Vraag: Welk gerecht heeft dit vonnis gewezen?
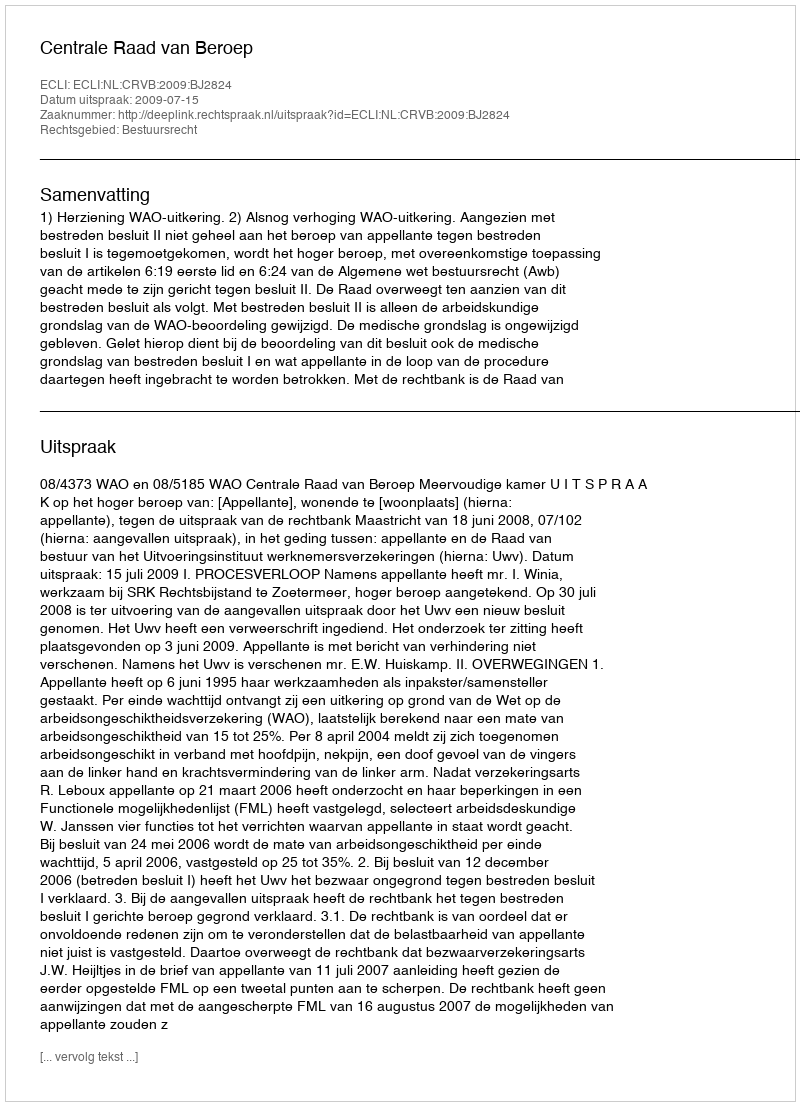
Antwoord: Centrale Raad van Beroep